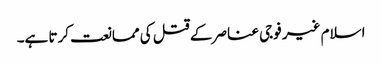
اسلام غیر فوجی عناصر کے قتل کی ممانعت کرتا ہے۔